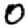
Digit: 0